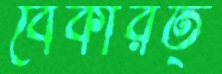
বেকারত্